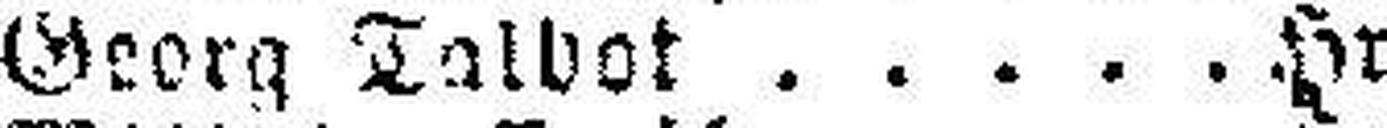
Georg Talbot Hr. Arnau.